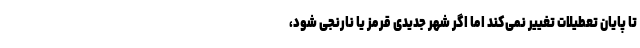
تا پایان تعطیلات تغییر نمی‌کند اما اگر شهر جدیدی قرمز یا نارنجی شود،